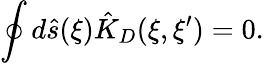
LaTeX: \oint{d}\hat{s}(\xi){\hat{K}_{D}}(\xi,\xi^{\prime})=0.